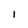
Character: 1